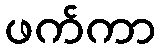
ဖက်ကာ